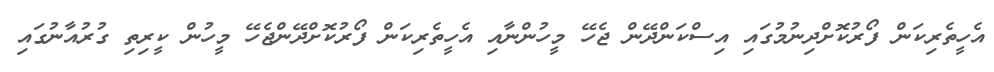
އެހީތެރިކަން ފޯރުކޮށްދިނުމުގައި އިސްކަންދޭން ޖެހޭ މީހުންނާއި އެހީތެރިކަން ފޯރުކޮށްދޭންޖެހޭ މީހުން ކީރިތި ގުރުއާނުގައި